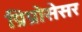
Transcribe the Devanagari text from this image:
प्रिप्रोसेसर